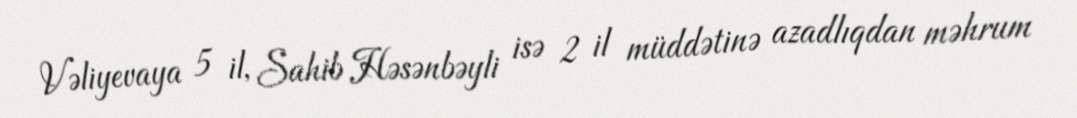
Vəliyevaya 5 il, Sahib Həsənbəyli isə 2 il müddətinə azadlıqdan məhrum